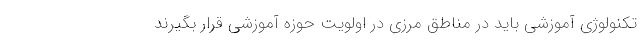
تکنولوژی آموزشی باید در مناطق مرزی در اولویت حوزه آموزشی قرار بگیرند